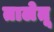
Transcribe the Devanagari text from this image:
तालेतू